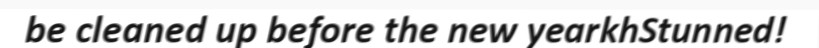
be cleaned up before the new yearkhStunned!